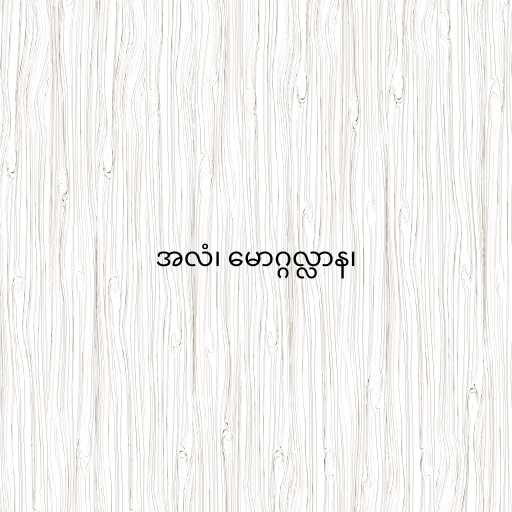
အလံ၊ မောဂ္ဂလ္လာန၊